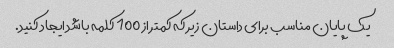
یک پایان مناسب برای داستان زیر که کمتر از 100 کلمه باشد ایجاد کنید.